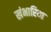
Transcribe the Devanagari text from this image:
खंभारिया